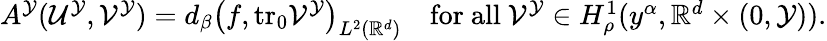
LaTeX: \begin{array}{r}{A^{\mathcal{Y}}(\mathcal{U}^{\mathcal{Y}},\mathcal{V}^{\mathcal{Y}})=d_{\beta}\big(f,\mathrm{tr_{0}}{\mathcal{V}^{\mathcal{Y}}}\big)_{L^{2}(\mathbb{R}^{d})}\quad\mathrm{for~all~}\mathcal{V}^{\mathcal{Y}}\in H_{\rho}^{1}(y^{\alpha},\mathbb{R}^{d}\times(0,\mathcal{Y})).}\end{array}